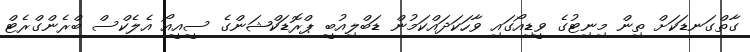
ގާތްގަނޑަކަށް ތިން މިނިޓުގެ ވީޑިއޯގައި ވާހަކަދައްކަމުން ޑަބްލިއުބީ ޕްރޮޑަކްޝަންގެ ސީއީއޯ އެެލެކްސް ބްރެންގްރެޓް